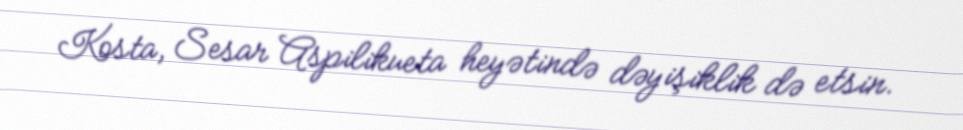
Kosta, Sesar Aspilikueta heyətində dəyişiklik də etsin.